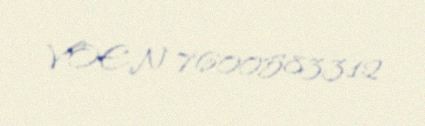
VOEN 7600583312